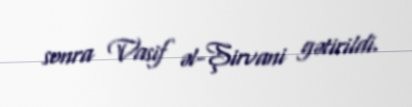
sonra Vasif əl-Şirvani gətirildi.